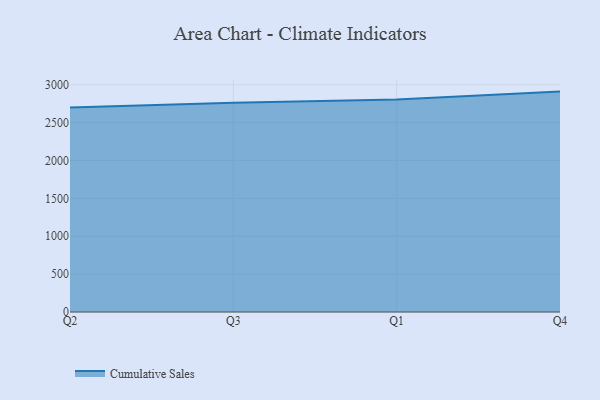
{"axis": {"x": "Quarter", "y": "Latency (ms)"}, "legend": ["Cumulative Sales"], "data": [{"x": "Q2", "y": 2699.5, "type": "Cumulative Sales"}, {"x": "Q3", "y": 2764.7, "type": "Cumulative Sales"}, {"x": "Q1", "y": 2807.8, "type": "Cumulative Sales"}, {"x": "Q4", "y": 2910.5, "type": "Cumulative Sales"}]}